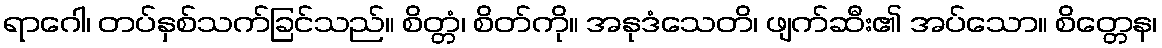
ရာဂေါ၊ တပ်နှစ်သက်ခြင်သည်။ စိတ္တံ၊ စိတ်ကို။ အနုဒံသေတိ၊ ဖျက်ဆီး၏ အပ်သော။ စိတ္တေန၊